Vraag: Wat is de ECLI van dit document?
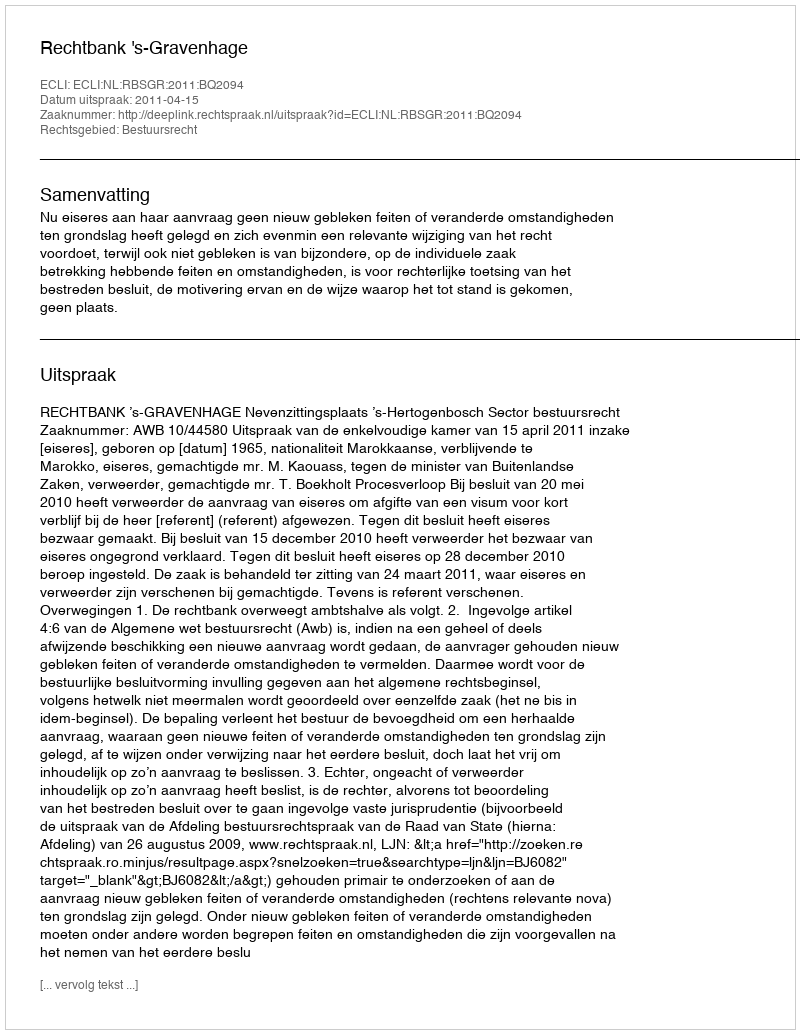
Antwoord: ECLI:NL:RBSGR:2011:BQ2094